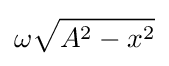
{\omega }{\sqrt {A^{2}-x^{2}}}